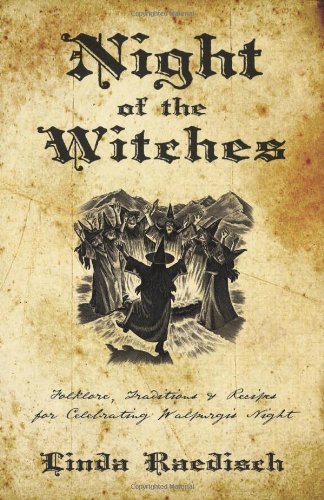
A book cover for Night of the Witches: Folklore, Traditions & Recipes for Celebrating Walpurgis Night; Linda Raedisch; Politics & Social Sciences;